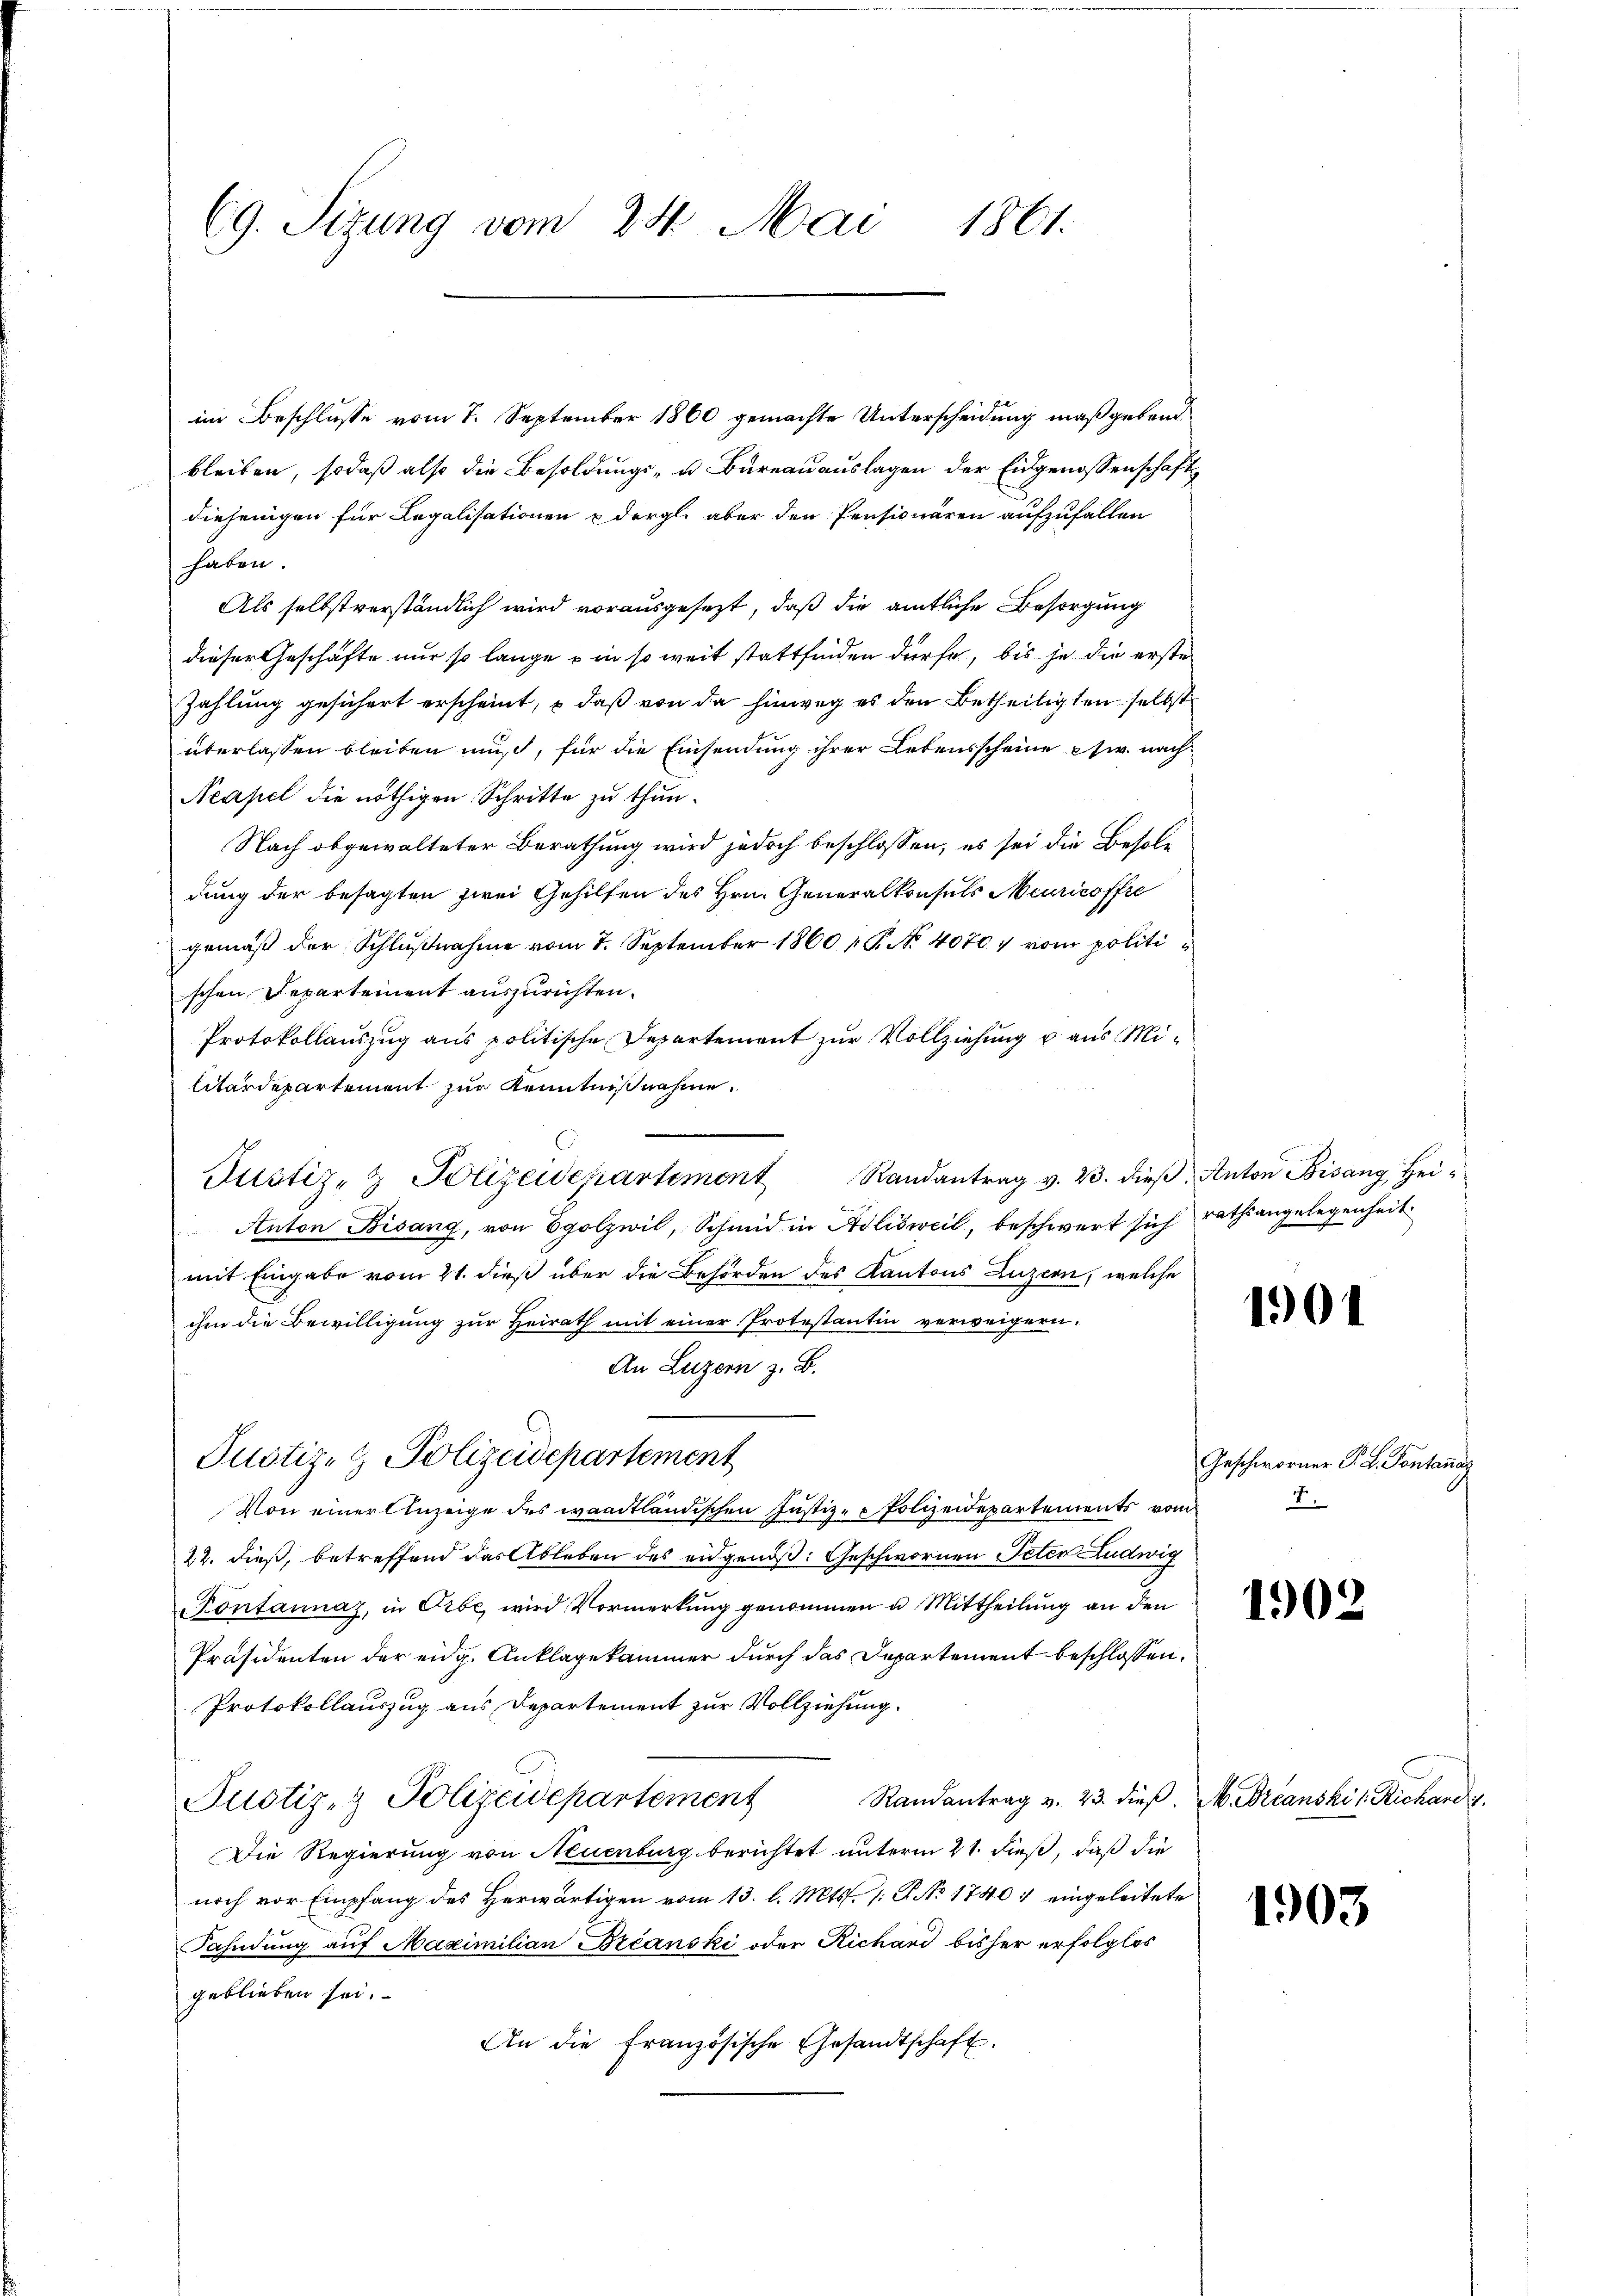
(9. Sizung vom 24. Mai 1861.

im Beschlusse vom 7. September 1860 gemachte Unterscheidung maßgebend
bleiben, sodaß also die Besoldungs- u. Bureauauslagen der Eidgenossenschaft
diejenigen für Legalisationen u dergl. aber den Pensionären aufzufallen
haben.
Als selbstverständlich wird vorausgesezt, daß die amtliche Besorgung
dieser Geschäfte nur so lange  in so weit stattfinden dürfe, bis je die erste
Zahlung gesichert erscheint, & daß von da hinweg es den Betheiligten selbst
überlassen bleiben muß, für die Einsendung ihrer Lebensscheine Ew. nach
Neapel die nöthigen Schritte zu thun.
Nach obgewalteter Berathung wird jedoch beschlossen, es sei die Besoldung der besagten zwei Gehilfen des Hrn. Generalkonsuls Meuricoffre
gemäß der Schlußnahme vom 7. September 1860 P. No. 4070 vom politischen Departement auszurichten.
Protokollauszug aus politische Departement zur Vollziehung u aus Militärdepartement zur Kenntnißnahme.
Justiz- & Polizeidepartement Randantrag v. 23. dieβ, Anton Bisang Hei¬
Anton Bisang, von Egolzwil, Schmid in Adlisweil, beschwert sich rathsangelegenheit
mit Eingabe vom 21. dieß über die Behörden des Kantons Luzern, welche
ihm die Bewilligung zur Heirath mit einer Protestantin verweigern.
An Luzern z. B.
Justiz- & Polizeidepartement
Von einer Anzeige des waadtländischen Justiz- & Polizeidepartements vom
22. dieß, betreffend das Ableben des eidgenöß: Geschwornen Peter Ludwig
Pontannaz, in Orbe, wird Vormerkung genommen u. Mittheilung an den
Präsidenten der eidg. Anklagekammer durch das Departement beschlossen:
Protokollauszug aus Departement zur Vollziehung.
Randantrag v. 23. dieß. M. Breanski l. Richardis
Justiz- & Polizeidepartement
Die Regierung von Neuenburg berichtet unterm 21. dieß, daß die
noch vor Empfang des Herwärtigen vom 13. l. Mts. (: P. No 1740: eingeleitete
Fahndung auf Maximilian Béanski oder Richard bisher erfolglos
geblieben sei.
An die Französische Gesandtschaft.

1904

Geschworner P. L. Pontanag

1902

1903